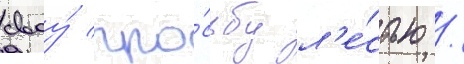
своу́ про́сьбу л'е́стью /